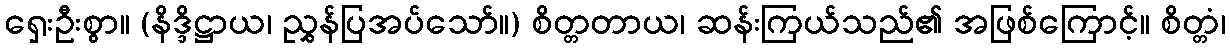
ရှေးဦးစွာ။ (နိဒ္ဒိဋ္ဌာယ၊ ညွှန်ပြအပ်သော်။) စိတ္တတာယ၊ ဆန်းကြယ်သည်၏ အဖြစ်ကြောင့်။ စိတ္တံ၊